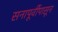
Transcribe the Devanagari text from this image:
सनापूर्वीपासून